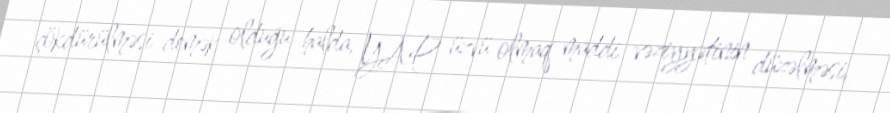
çökdürülməsi demək olduğu halda, YAP üzvü olmaq maddi vəziyyətinin düzəlməsi,